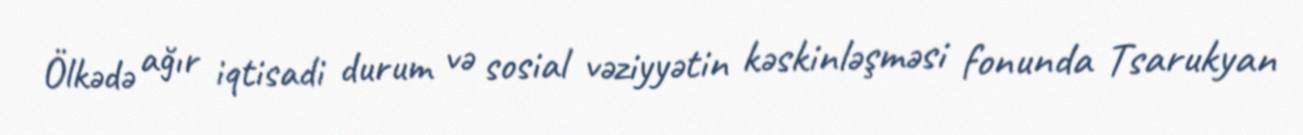
Ölkədə ağır iqtisadi durum və sosial vəziyyətin kəskinləşməsi fonunda Tsarukyan